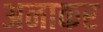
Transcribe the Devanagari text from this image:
अनाकर